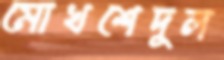
মোখশেদুল